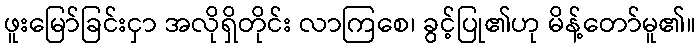
ဖူးမြော်ခြင်းငှာ အလိုရှိတိုင်း လာကြစေ၊ ခွင့်ပြု၏ဟု မိန့်တော်မူ၏။